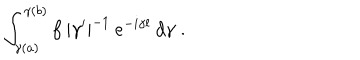
\int _ { \gamma ( a ) } ^ { \gamma ( b ) } f \: | \gamma ^ { \prime } | ^ { - 1 } \: e ^ { - i \gamma l } \: d \gamma \; .